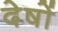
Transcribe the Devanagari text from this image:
देषों